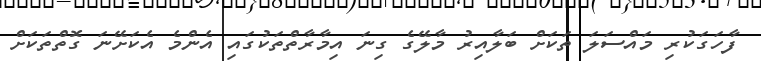
ފާހަގަކުރި މައްސަލަ ތަކަށް ބަލާއިރު މާލޭގެ ގިނަ އިމާރާތްތަކުގައި އެންމެ އެކަށޭނަ ގޮތްތަކަށް